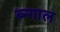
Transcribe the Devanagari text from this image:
ब्न्गाल